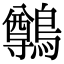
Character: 鷷